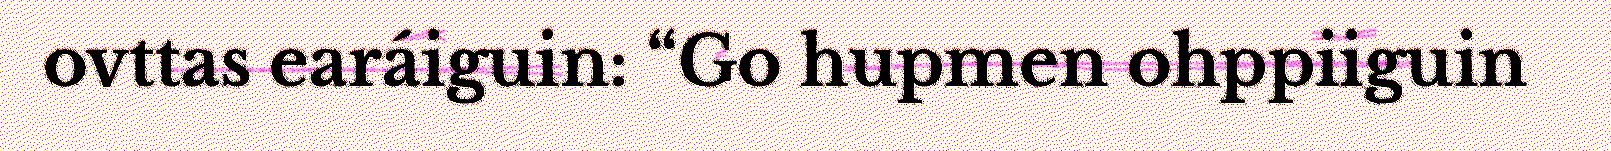
ovttas earáiguin: “Go hupmen ohppiiguin